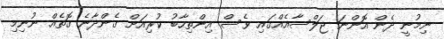
ނިމުނީ ދެން އޮންނަ ޖަލްސާއެއްގައި ވެސް އިންތިހާބު ކުރިއަށް ގެންދާނެ ގޮތެއް ނުނިމި